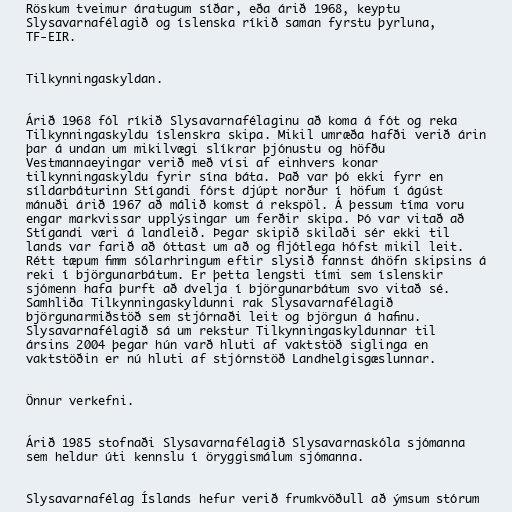
Röskum tveimur áratugum síðar, eða árið 1968, keyptu
Slysavarnafélagið og íslenska ríkið saman fyrstu þyrluna,
TF-EIR.

Tilkynningaskyldan.

Árið 1968 fól ríkið Slysavarnafélaginu að koma á fót og reka
Tilkynningaskyldu íslenskra skipa. Mikil umræða hafði verið árin
þar á undan um mikilvægi slíkrar þjónustu og höfðu
Vestmannaeyingar verið með vísi af einhvers konar
tilkynningaskyldu fyrir sína báta. Það var þó ekki fyrr en
síldarbáturinn Stígandi fórst djúpt norður í höfum í ágúst
mánuði árið 1967 að málið komst á rekspöl. Á þessum tíma voru
engar markvissar upplýsingar um ferðir skipa. Þó var vitað að
Stígandi væri á landleið. Þegar skipið skilaði sér ekki til
lands var farið að óttast um að og fljótlega hófst mikil leit.
Rétt tæpum fimm sólarhringum eftir slysið fannst áhöfn skipsins á
reki í björgunarbátum. Er þetta lengsti tími sem íslenskir
sjómenn hafa þurft að dvelja í björgunarbátum svo vitað sé.
Samhliða Tilkynningaskyldunni rak Slysavarnafélagið
björgunarmiðstöð sem stjórnaði leit og björgun á hafinu.
Slysavarnafélagið sá um rekstur Tilkynningaskyldunnar til
ársins 2004 þegar hún varð hluti af vaktstöð siglinga en
vaktstöðin er nú hluti af stjórnstöð Landhelgisgæslunnar.

Önnur verkefni.

Árið 1985 stofnaði Slysavarnafélagið Slysavarnaskóla sjómanna
sem heldur úti kennslu í öryggismálum sjómanna.

Slysavarnafélag Íslands hefur verið frumkvöðull að ýmsum stórum